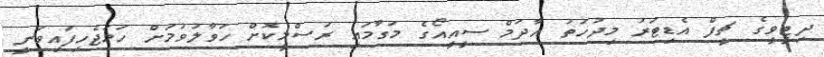
ދިޓީވީގެ ޗީފް އެޑިޓަރު މިދުހަތު އާދަމް ސީއީއޯގެ މަގާމައި ރަސްމީކޮށް ހަވާލުވުމަށް ހަމަޖެހިފައިވަނީ